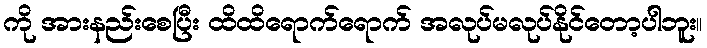
ကို အားနည်းစေပြီး ထိထိရောက်ရောက် အလုပ်မလုပ်နိုင်တော့ပါဘူး။